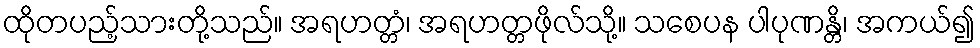
ထိုတပည့်သားတို့သည်။ အရဟတ္တံ၊ အရဟတ္တဖိုလ်သို့။ သစေပန ပါပုဏန္တိ၊ အကယ်၍